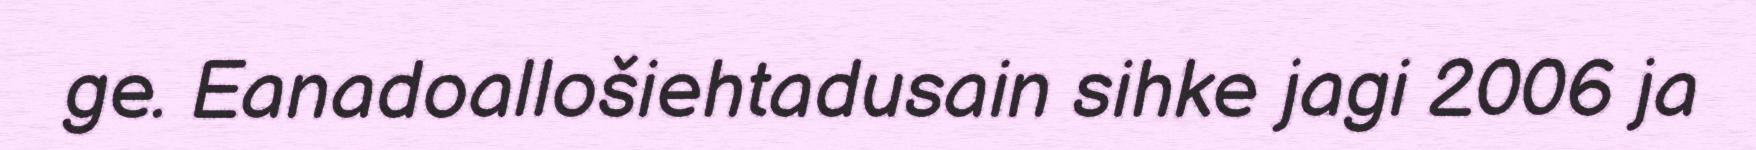
ge. Eanadoallošiehtadusain sihke jagi 2006 ja